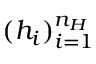
( h _ { i } ) _ { i = 1 } ^ { n _ { H } }